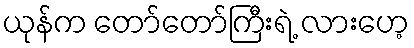
ယုန်က တော်တော်ကြီးရဲ့ လားဟေ့